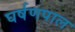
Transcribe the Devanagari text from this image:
घर्षणपाल